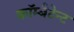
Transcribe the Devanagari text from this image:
कॉम्बैटेन्ट